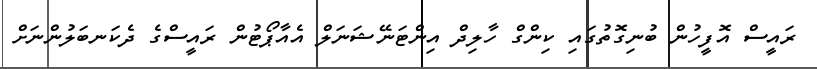
ރައީސް އޮފީހުން ބުނިގޮތުގައި ކިންގް ހާލިދް އިންޓަނޭޝަނަލް އެއާޕޯޓުން ރައީސްގެ ދެކަނބަލުންނަށް